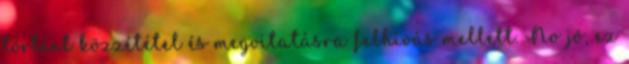
történt közzététel és megvitatásra felhívás mellett. No jó, ez